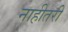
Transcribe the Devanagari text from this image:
नाहीतरी